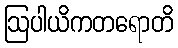
ဩပါယိကတရောတိ